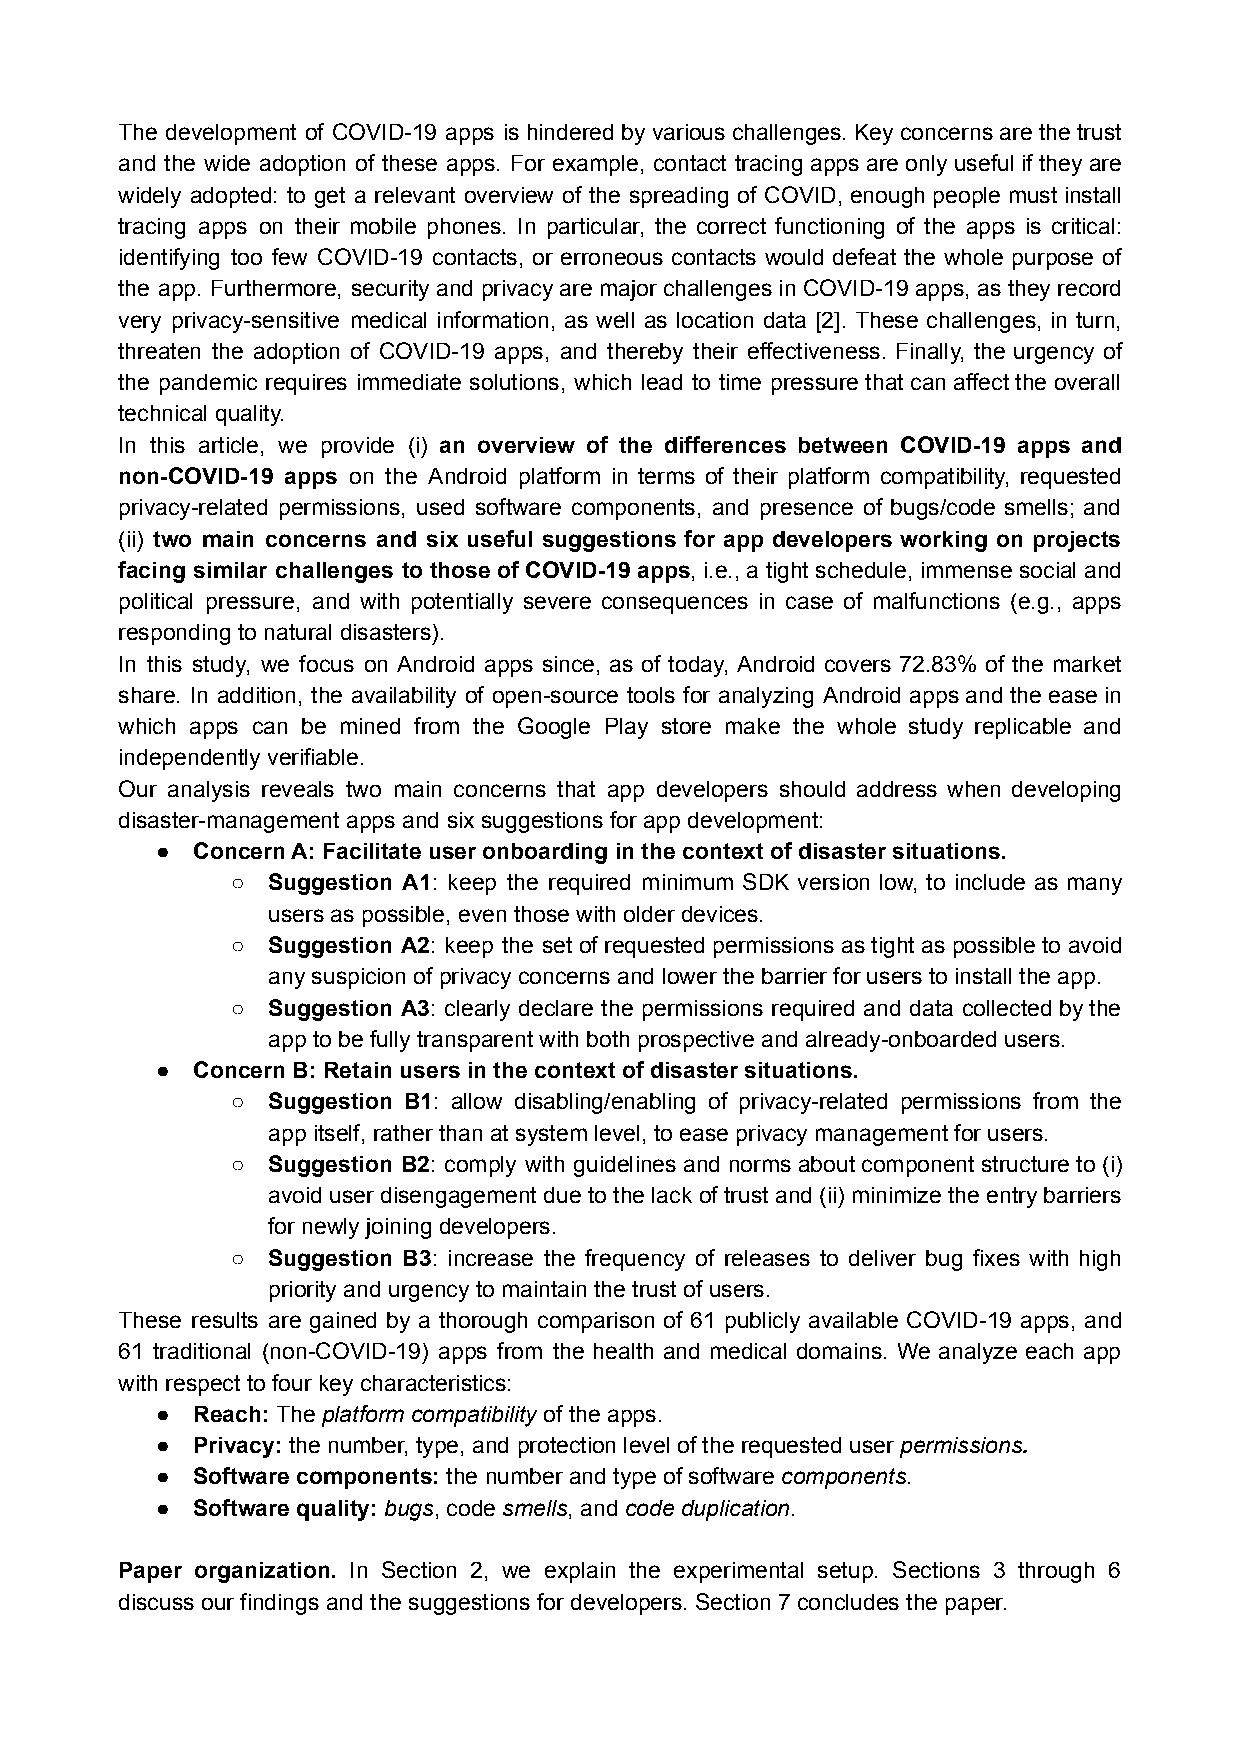
The development of COVID-19 apps is hindered by various challenges. Key concerns are the trust
 and the wide adoption of these apps. For example, contact tracing apps are only useful if they are
 widely adopted: to get a relevant overview of the spreading of COVID, enough people must install
 tracing apps on their mobile phones. In particular, the correct functioning of the apps is critical:
 identifying too few COVID-19 contacts, or erroneous contacts would defeat the whole purpose of
 the app. Furthermore, security and privacy are major challenges in COVID-19 apps, as they record
 very privacy-sensitive medical information, as well as location data [2]. These challenges, in turn,
 threaten the adoption of COVID-19 apps, and thereby their effectiveness. Finally, the urgency of
 the pandemic requires immediate solutions, which lead to time pressure that can affect the overall
 technical quality.
 In this article, we provide (i) an overview of the differences between COVID-19 apps and
 non-COVID-19 apps on the Android platform in terms of their platform compatibility, requested
 privacy-related permissions, used software components, and presence of bugs/code smells; and
 (ii) two main concerns and six useful suggestions for app developers working on projects
 facing similar challenges to those of COVID-19 apps, i.e., a tight schedule, immense social and
 political pressure, and with potentially severe consequences in case of malfunctions (e.g., apps
 responding to natural disasters).
 In this study, we focus on Android apps since, as of today, Android covers 72.83% of the market
 share. In addition, the availability of open-source tools for analyzing Android apps and the ease in
 which apps can be mined from the Google Play store make the whole study replicable and
 independently verifiable.
 Our analysis reveals two main concerns that app developers should address when developing
 disaster-management apps and six suggestions for app development:
 ●  Concern A: Facilitate user onboarding in the context of disaster situations.
 ○  Suggestion A1: keep the required minimum SDK version low, to include as many
 users as possible, even those with older devices.
 ○  Suggestion A2: keep the set of requested permissions as tight as possible to avoid
 any suspicion of privacy concerns and lower the barrier for users to install the app.
 ○  Suggestion A3: clearly declare the permissions required and data collected by the
 app to be fully transparent with both prospective and already-onboarded users.
 ●  Concern B: Retain users in the context of disaster situations.
 ○  Suggestion B1: allow disabling/enabling of privacy-related permissions from the
 app itself, rather than at system level, to ease privacy management for users.
 ○  Suggestion B2: comply with guidelines and norms about component structure to (i)
 avoid user disengagement due to the lack of trust and (ii) minimize the entry barriers
 for newly joining developers.
 ○  Suggestion B3: increase the frequency of releases to deliver bug fixes with high
 priority and urgency to maintain the trust of users.
 These results are gained by a thorough comparison of 61 publicly available COVID-19 apps, and
 61 traditional (non-COVID-19) apps from the health and medical domains. We analyze each app
 with respect to four key characteristics:
 ●  Reach: The platform compatibility of the apps.
 ●  Privacy: the number, type, and protection level of the requested user permissions.
 ●  Software components: the number and type of software components.
 ●  Software quality: bugs, code smells, and code duplication.
 Paper organization. In Section 2, we explain the experimental setup. Sections 3 through 6
 discuss our findings and the suggestions for developers. Section 7 concludes the paper.